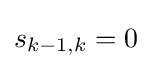
s_{k-1,k}=0